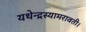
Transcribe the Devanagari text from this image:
यथेन्‍द्रस्‍यामरावती।